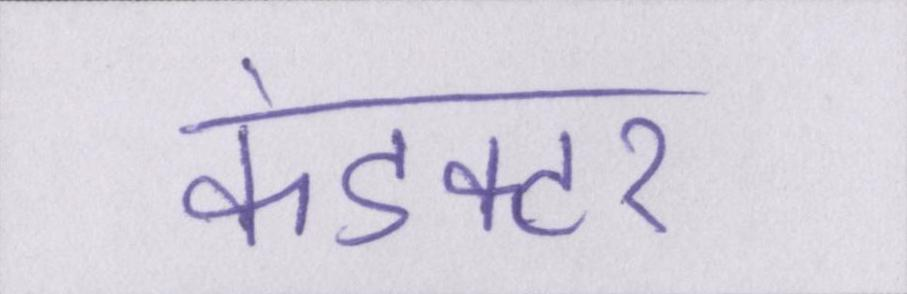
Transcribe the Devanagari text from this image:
कंडक्टर